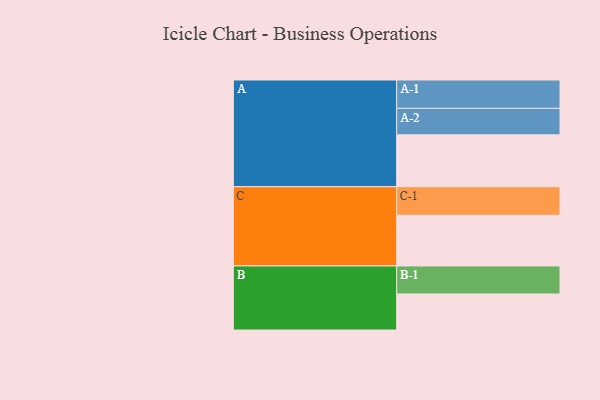
{"axis": {"x": "Segment", "y": "Value"}, "legend": ["", "A", "B", "C"], "data": [{"x": "A", "y": 478, "type": ""}, {"x": "B", "y": 332, "type": ""}, {"x": "C", "y": 467, "type": ""}, {"x": "A-1", "y": 261, "type": "A"}, {"x": "A-2", "y": 244, "type": "A"}, {"x": "B-1", "y": 258, "type": "B"}, {"x": "C-1", "y": 263, "type": "C"}]}